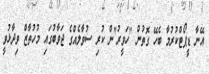
އޭނާ ޑީޕޯޓްކުރުމާ ބެހޭ ގޮތުން "ހަވީރު"ން ކުރި ސުވާލެއްގެ ޖަވާބުގައި މުހުތާޒް ވިދާޅުވީ